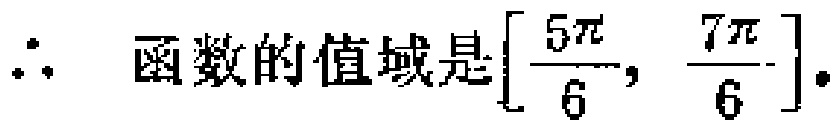
\(\therefore \ 函数的值域是\left[\dfrac{5\pi}{6},\ \dfrac{7\pi}{6}\right].\)